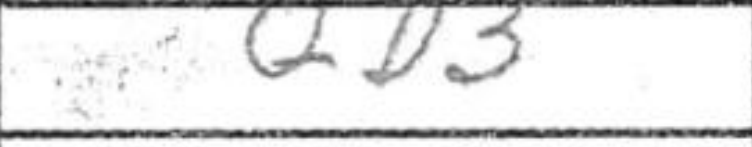
Transcription: Qd3